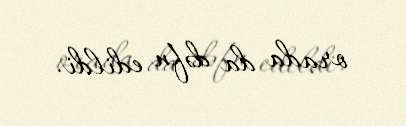
orada da dəfn edildi.